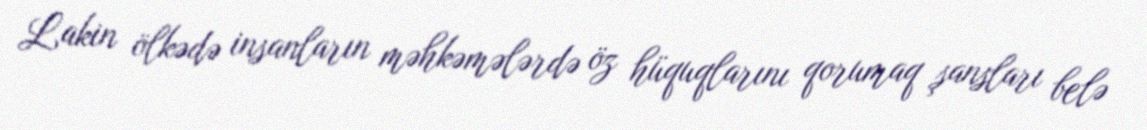
Lakin ölkədə insanların məhkəmələrdə öz hüquqlarını qorumaq şansları belə